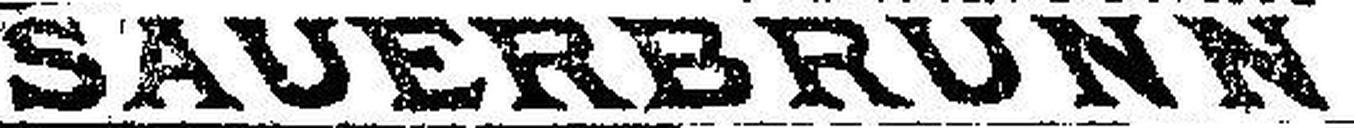
SAUERBRUNN